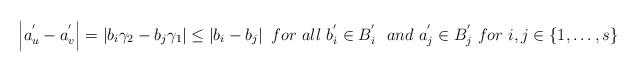
LaTeX: \begin{align*} \left|a_{u}^{'}-a_{v}^{'}\right|=\left|b_{i}\gamma_{2}-b_{j}\gamma_{1}\right|\leq \left|b_{i}-b_{j}\right|~for~all~b_{i}^{'}\in B_{i}^{'}~~and~a_{j}^{'}\in B_{j}^{'}~for~i,j\in\{1,\ldots,s\}\end{align*}